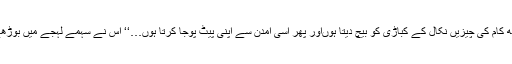
اُس میں سے کچھ کام کی چیزیں نکال کے کباڑی کو بیچ دیتا ہوںاور پھر اُسی آمدن سے اپنی پیٹ پوجا کرتا ہوں…‘‘ اُس نے سہمے لہجے میں بوڑھے کو جواب دیا۔